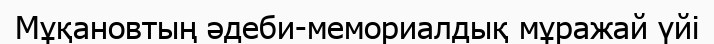
Мұқановтың әдеби-мемориалдық мұражай үйі